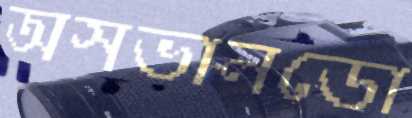
অসভালডো